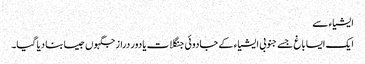
ایشیاء سے
ایک ایسا باغ جسے جنوبی ایشیاء کے جادوئی جنگلات یا دور دراز جگہوں جیسا بنا دیا گیا۔